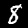
Digit: 8